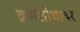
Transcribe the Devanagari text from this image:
व्रणशोथावर